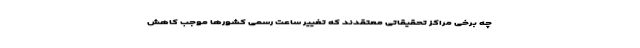
چه برخی مراکز تحقیقاتی معتقدند که تغییر ساعت رسمی کشورها موجب کاهش